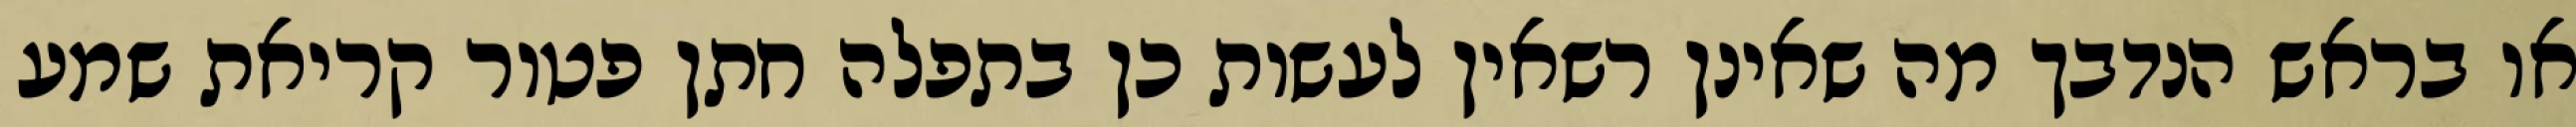
או בראש הנדבך מה שאינן רשאין לעשות כן בתפלה חתן פטור קריאת שמע